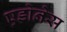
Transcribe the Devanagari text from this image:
एडोनेस